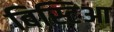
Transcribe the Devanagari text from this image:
बिस्टिआ